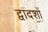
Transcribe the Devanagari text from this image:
द्वादशों